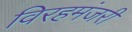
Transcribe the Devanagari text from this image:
विरहमंजरी